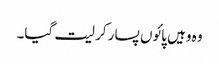
وہ وہیں پائوں پسار کر لیت گیا۔